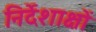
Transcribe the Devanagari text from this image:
निर्देशाक्षों